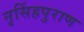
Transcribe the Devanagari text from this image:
नृसिंहपुराण